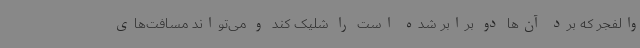
والفجر که برد آن‌ها دو برابر شده است را شلیک کند و می‌تواند مسافت‌های